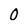
Character: O